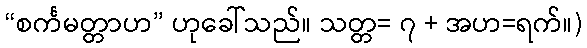
“စင်္ကမတ္တာဟ” ဟုခေါ်သည်။ သတ္တ= ၇ + အဟ=ရက်။)